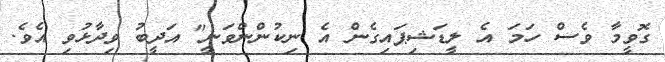
ގޮވީމާ ވެސް ހަމަ އެ ލީޑަޝިޕައިގެން އެ ނިކުންންވަނީ" އަދީބު ވިދާޅުވި އެވެ.